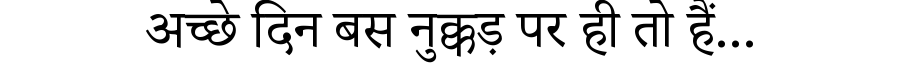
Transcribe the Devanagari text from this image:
अच्छे दिन बस नुक्कड़ पर ही तो हैं...